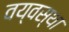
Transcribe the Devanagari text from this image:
वय्वस्था